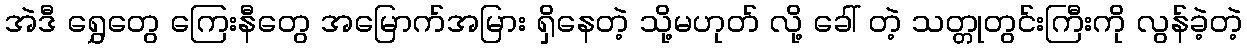
အဲဒီ ရွှေတွေ ကြေးနီတွေ အမြောက်အမြား ရှိနေတဲ့ သို့မဟုတ် လို့ ခေါ် တဲ့ သတ္တုတွင်းကြီးကို လွန်ခဲ့တဲ့